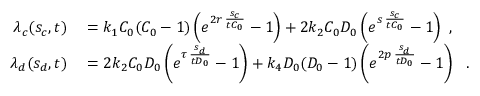
\begin{array} { r l } { \lambda _ { c } ( s _ { c } , t ) } & { { } = k _ { 1 } C _ { 0 } ( C _ { 0 } - 1 ) \left( e ^ { 2 r \, \frac { s _ { c } } { t C _ { 0 } } } - 1 \right) + 2 k _ { 2 } C _ { 0 } D _ { 0 } \left( e ^ { s \, \frac { s _ { c } } { t C _ { 0 } } } - 1 \right) ~ , } \\ { \lambda _ { d } ( s _ { d } , t ) } & { { } = 2 k _ { 2 } C _ { 0 } D _ { 0 } \left( e ^ { \tau \, \frac { s _ { d } } { t D _ { 0 } } } - 1 \right) + k _ { 4 } D _ { 0 } ( D _ { 0 } - 1 ) \left( e ^ { 2 p \, \frac { s _ { d } } { t D _ { 0 } } } - 1 \right) ~ ~ . } \end{array}